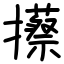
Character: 攃